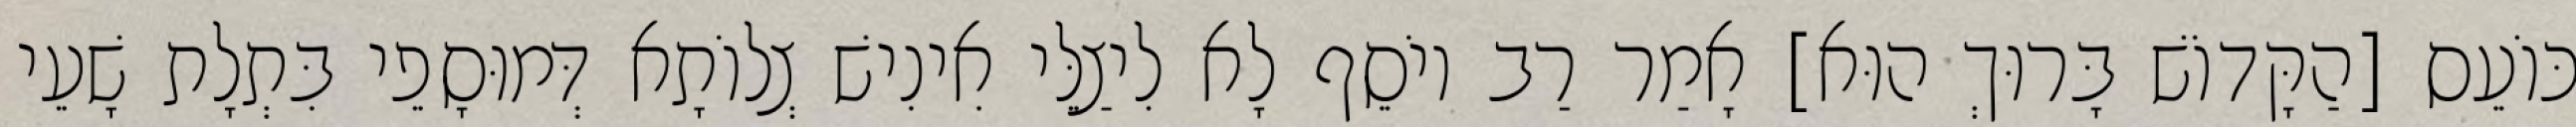
כּוֹעֵס [הַקָּדוֹשׁ בָּרוּךְ הוּא] אָמַר רַב יוֹסֵף לָא לִיצַלֵּי אִינִישׁ צְלוֹתָא דְּמוּסָפֵי בִּתְלָת שָׁעֵי